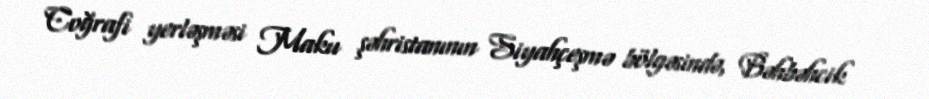
Coğrafi yerləşməsi Maku şəhristanının Siyahçeşmə bölgəsində, Bəhbəhcik